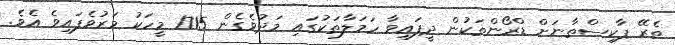
ތެރޭ ޕާކިސްތާނަށް ޑްރޯންތަކުން ދީފައިވާ ހަމަލާތަކުގައި މަދުވެގެން 1715 މީހަކު މަރުވެފައިވެ އެވެ.